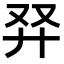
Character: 𠬺